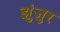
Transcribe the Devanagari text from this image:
झुंजुर